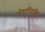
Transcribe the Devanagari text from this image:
सेवानिवृत्‍ति